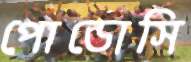
পোডোসি